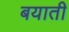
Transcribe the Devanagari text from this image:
बयाती